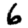
Digit: 6